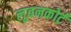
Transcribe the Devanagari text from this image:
लूवनकोर्ट